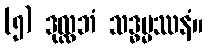
(၅) ဒုလ္လဘံ သဒ္ဓမ္မဿနံ။